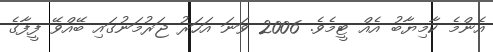
އެންމެ ކާމިޔާބު އެއް ޓީމެވެ. 2006 ވަނަ އަހަރު ޖަރުމަނުގައި ބޭއްވޭ ފީފާގެ